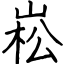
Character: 崧